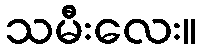
သမီးလေး။